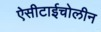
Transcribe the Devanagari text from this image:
ऐसीटाईचोलीन